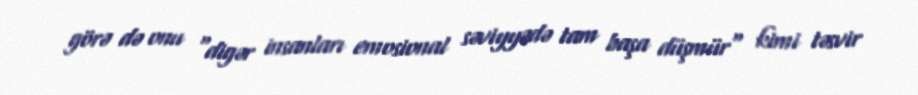
görə də onu "digər insanları emosional səviyyədə tam başa düşmür" kimi təsvir